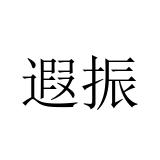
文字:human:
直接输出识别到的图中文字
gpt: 遐振